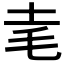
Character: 𰉝